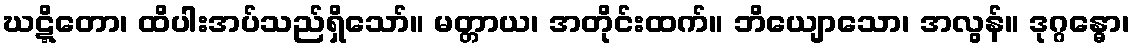
ဃဋ္ဋိတော၊ ထိပါးအပ်သည်ရှိသော်။ မတ္တာယ၊ အတိုင်းထက်။ ဘိယျောသော၊ အလွန်။ ဒုဂ္ဂန္ဓော၊